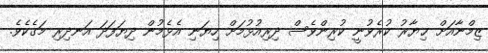
ޒިމްނާއަށް ޚިޔާރު ކުރެވުނީ ކުރިންވެސް ދިރިއުޅުމަށް ހިޔަނި އެޅެމުން ދިޔަފަދަ އަނދިރި މަގެކެވެ.